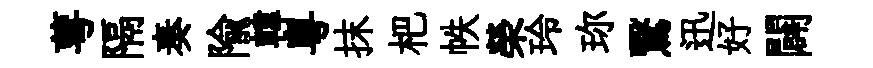
萼隔奏隃韓粤抹杷帙榮玲珎鷖迅好闢